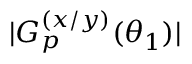
\vert G _ { p } ^ { ( x / y ) } ( \theta _ { 1 } ) \vert